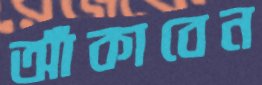
আঁকাবেন